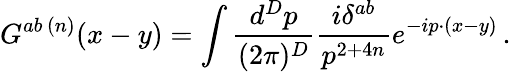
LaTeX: G^{ab\, (n)}(x-y)=\int\frac{d^{D}p}{(2\pi)^{D}}\frac{i\delta^{ab}}{p^{2+4n}}e^{-ip\cdot(x-y)}\, .